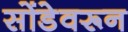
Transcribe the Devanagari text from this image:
सोंडेवरून